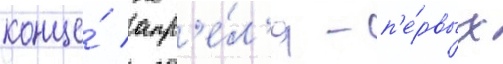
конце́ апр'е́л'я - п'е́рвых